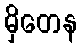
မှိတေန